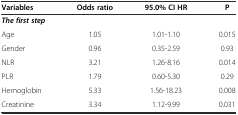
| Variables | Odds ratio | 95.0% CI HR | P |
 | --- | --- | --- | --- |
 | The first step |  |  |  |
 | Age | 1.05 | 1.01-1.10 | 0.015 |
 | Gender | 0.96 | 0.35-2.59 | 0.93 |
 | NLR | 3.21 | 1.26-8.16 | 0.014 |
 | PLR | 1.79 | 0.60-5.30 | 0.29 |
 | Hemoglobin | 5.33 | 1.56-18.23 | 0.008 |
 | Creatinine | 3.34 | 1.12-9.99 | 0.031 |